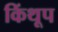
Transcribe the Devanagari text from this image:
किंथूप